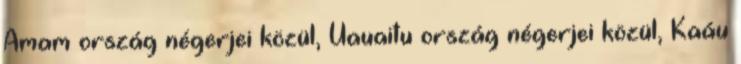
Amam ország négerjei közül, Uauaitu ország négerjei közül, Kaáu